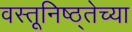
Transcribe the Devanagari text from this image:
वस्तूनिष्ठ्तेच्या